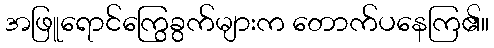
အဖြူရောင်ကြွေခွက်များက တောက်ပနေကြ၏။